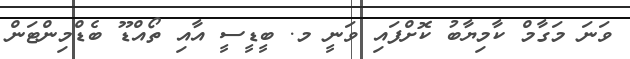
ވަނަ މަގާމް ކާމިޔާބު ކޮށްފައި ވަނީ މ. ބީޑީސީ އާއި ތޯއްޑޫ ބެޑްމިންޓަން